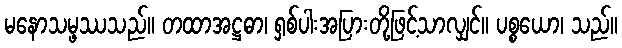
မနောသမ္ဖဿသည်။ တထာအဋ္ဌဓာ၊ ရှစ်ပါးအပြားတို့ဖြင့်သာလျှင်။ ပစ္စယော၊ သည်။